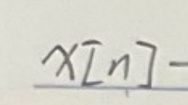
$x[n]-$